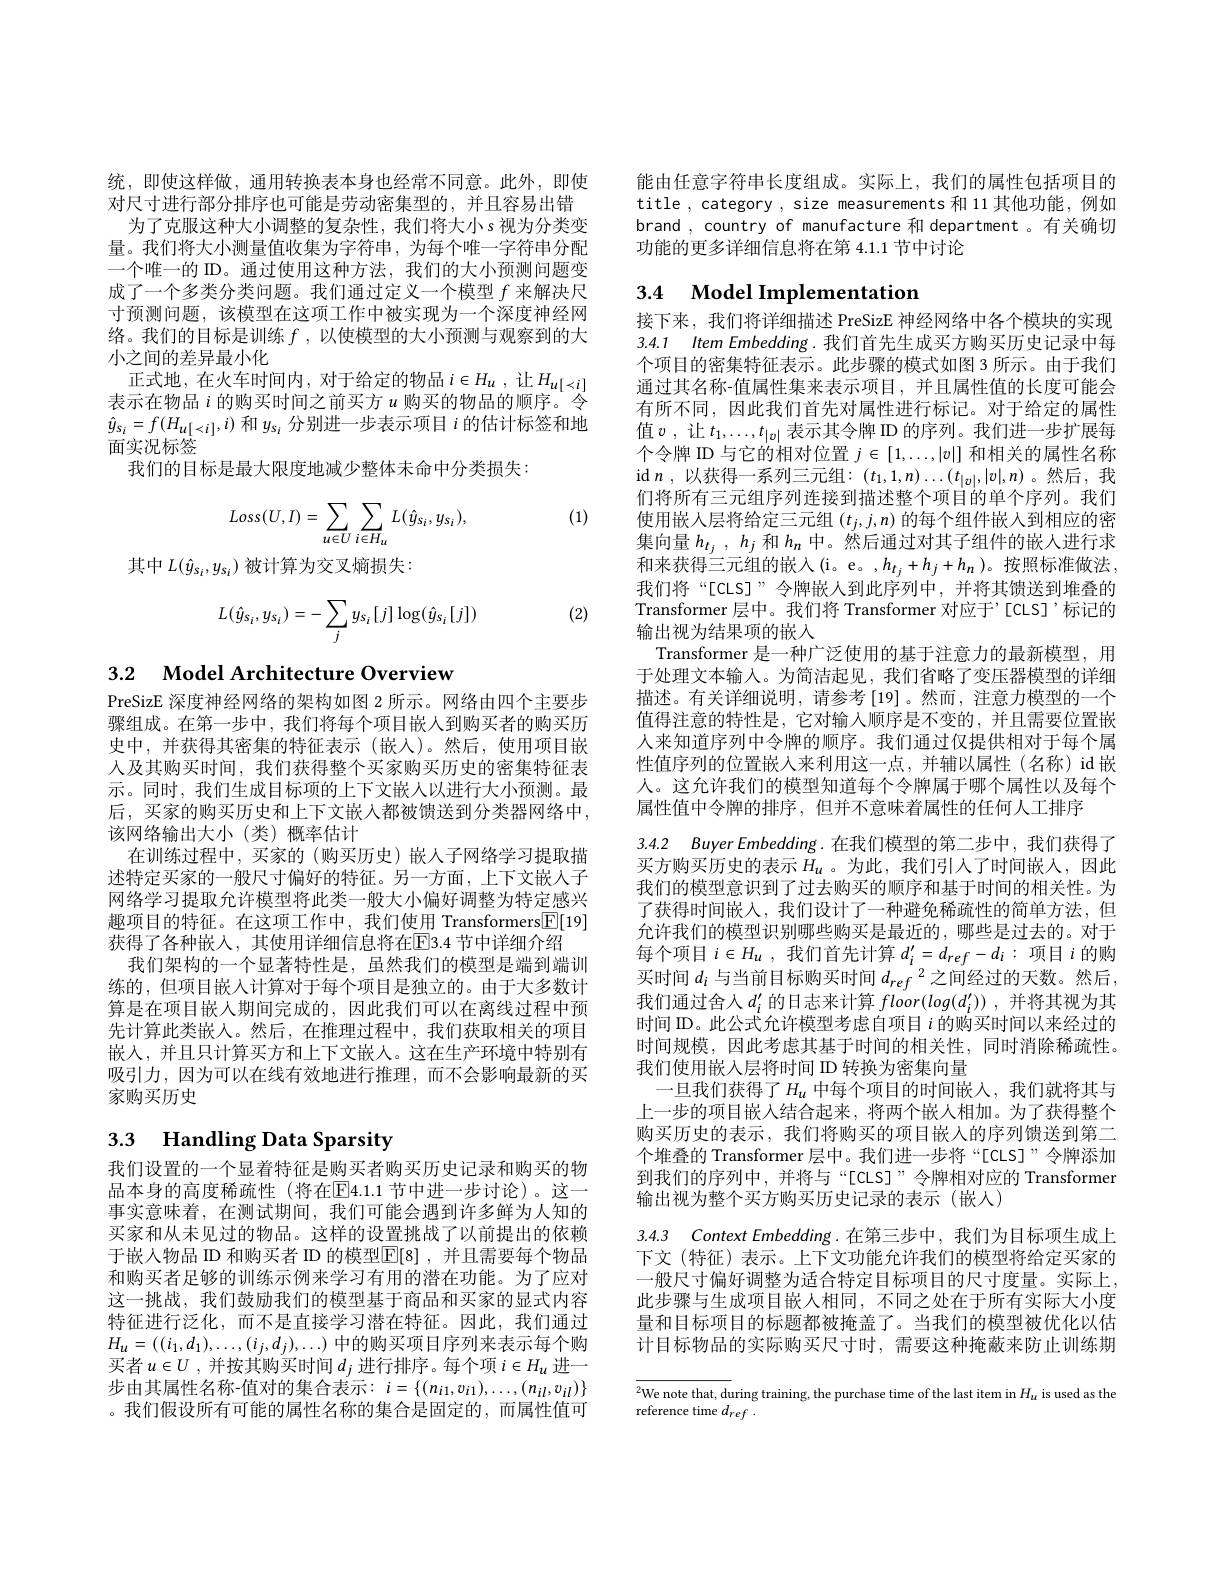
统，即使这样做，通用转换表本身也经常不同意。此外，即使对尺寸进行部分排序也可能是劳动密集型的，并且容易出错为了克服这种大小调整的复杂性，我们将大小 s 视为分类变量。我们将大小测量值收集为字符串，为每个唯一字符串分配一个唯一的 ID。通过使用这种方法，我们的大小预测问题变成了一个多类分类问题。我们通过定义一个模型$f$来解决尺寸预测问题，该模型在这项工作中被实现为一个深度神经网络。我们的目标是训练$f$ ,以使模型的大小预测与观察到的大小之间的差异最小化
正式地，在火车时间内，对于给定的物品$i\in H_u$,让$H_u[<i]$ 表示在物品$i$的购买时间之前买方$u$购买的物品的顺序。令$\hat{y}_{s_i}=f(H_{u[<i]},i)$和$y_{s_i}$分别进一步表示项目$i$的估计标签和地面实况标签
我们的目标是最大限度地减少整体未命中分类损失：

(1)
$$Loss(U,I)=\sum_{u\in U}\sum_{i\in H_{u}}L(\hat{y}_{s_{i}},y_{s_{i}}),$$
其中$L(\hat{y}_{s_i},y_{s_i})$被计算为交叉熵损失：

(2)
$$L(\hat{y}_{s_i},y_{s_i})=-\sum_jy_{s_i}[j]\log(\hat{y}_{s_i}[j])$$
3.2 Model Architecture Overview

PreSizE 深度神经网络的架构如图 2 所示。网络由四个主要步骤组成。在第一步中，我们将每个项目嵌人到购买者的购买历史中，并获得其密集的特征表示(嵌人)。然后，使用项目嵌人及其购买时间，我们获得整个买家购买历史的密集特征表示。同时，我们生成目标项的上下文嵌人以进行大小预测。最后，买家的购买历史和上下文嵌入都被馈送到分类器网络中， 该网络输出大小(类)概率估计
在训练过程中，买家的(购买历史)嵌人子网络学习提取描述特定买家的一般尺寸偏好的特征。另一方面，上下文嵌入子网络学习提取允许模型将此类一般大小偏好调整为特定感兴趣项目的特征。在这项工作中，我们使用 Transformers$\boxed{\mathbb{F}}[19]$ 获得了各种嵌入，其使用详细信息将在$\overline{\mathrm{E}}$3.4 节中详细介绍
我们架构的一个显著特性是，虽然我们的模型是端到端训练的，但项目嵌入计算对于每个项目是独立的。由于大多数计算是在项目嵌人期间完成的，因此我们可以在离线过程中预先计算此类嵌入。然后，在推理过程中，我们获取相关的项目嵌人，并且只计算买方和上下文嵌人。这在生产环境中特别有吸引力，因为可以在线有效地进行推理，而不会影响最新的买家购买历史

# 3.3 Handling Data Sparsity

我们设置的一个显着特征是购买者购买历史记录和购买的物品本身的高度稀疏性(将在$\overline{\mathrm{E}}4.1.1$ 节中进一步讨论)。这一事实意味着，在测试期间，我们可能会遇到许多鲜为人知的买家和从未见过的物品。这样的设置挑战了以前提出的依赖于嵌人物品 ID 和购买者 ID 的模型$\mathbb{E}[8]$ ,并且需要每个物品和购买者足够的训练示例来学习有用的潜在功能。为了应对这一挑战，我们鼓励我们的模型基于商品和买家的显式内容特征进行泛化，而不是直接学习潜在特征。因此，我们通过$H_{u}=((i_1,d_1),\ldots,(i_j,d_j),\ldots)$中的购买项目序列来表示每个购买者$u\in U$,并按其购买时间$d_j$进行排序。每个项$i\in H_u$进一步由其属性名称-值对的集合表示$:i=\{(n_{i1},v_{i1}),\ldots,(n_{il},v_{il})\}$ 。我们假设所有可能的属性名称的集合是固定的，而属性值可

能由任意字符串长度组成。实际上，我们的属性包括项目的title , category , size measurements 和 11 其他功能，例如brand , country of manufacture 和 department 。有关确切功能的更多详细信息将在第4.1.1节中讨论

# 3.4 Model Implementation

接下来，我们将详细描述 PreSizE 神经网络中各个模块的实现3.4.1 $ItemEmbedding.$我们首先生成买方购买历史记录中每个项目的密集特征表示。此步骤的模式如图 3 所示。由于我们通过其名称-值属性集来表示项目，并且属性值的长度可能会有所不同，因此我们首先对属性进行标记。对于给定的属性值$v$ ,让 $t_1,\ldots,t_{|v|}$ 表示其令牌 ID 的序列。我们进一步扩展每个令牌 ID 与它的相对位置$j\in[1,\ldots,|v|]$和相关的属性名称id$n$,以获得一系列三元组：$(t_1,1,n)\ldots(t_|v|,|v|,n)$。然后，我们将所有三元组序列连接到描述整个项目的单个序列。我们使用嵌人层将给定三元组$(t_j,j,n)$的每个组件嵌入到相应的密集向量$h_{t_j}$ , $h_j$和$h_n$中。然后通过对其子组件的嵌人进行求和来获得三元组的嵌入(i。e。,$h_t_j+h_j+h_n)$。按照标准做法， 我们将“[CLS]”令牌嵌人到此序列中，并将其馈送到堆叠的Transformer 层中。我们将 Transformer 对应于”[CLS]’标记的输出视为结果项的嵌入
Transformer 是一种广泛使用的基于注意力的最新模型，用于处理文本输入。为简洁起见，我们省略了变压器模型的详细描述。有关详细说明，请参考$\left[19\right]$。然而，注意力模型的一个值得注意的特性是，它对输入顺序是不变的，并且需要位置嵌人来知道序列中令牌的顺序。我们通过仅提供相对于每个属性值序列的位置嵌入来利用这一点，并辅以属性(名称)id 嵌人。这允许我们的模型知道每个令牌属于哪个属性以及每个属性值中令牌的排序，但并不意味着属性的任何人工排序
3.4.2 $BuyerEmbedding.$在我们模型的第二步中，我们获得了买方购买历史的表示$H_u$ 。为此，我们引人了时间嵌入，因此我们的模型意识到了过去购买的顺序和基于时间的相关性。为了获得时间嵌人，我们设计了一种避免稀疏性的简单方法，但允许我们的模型识别哪些购买是最近的，哪些是过去的。对于每个项目$i\in H_u$,我们首先计算$d_i^\prime=d_{ref}-d_i:$项目$i$的购买时间$d_i$与当前目标购买时间$d_ref$ 2之间经过的天数。然后， 我们通过舍人$d_i^{\prime}$的日志来计算$floor(log(d_i^{\prime}))$ ,并将其视为其时间 ID。此公式允许模型考虑自项目$i$的购买时间以来经过的时间规模，因此考虑其基于时间的相关性，同时消除稀疏性。我们使用嵌入层将时间 D 转换为密集向量
一旦我们获得了$H_u$ 中每个项目的时间嵌人，我们就将其与上一步的项目嵌入结合起来，将两个嵌人相加。为了获得整个购买历史的表示，我们将购买的项目嵌入的序列馈送到第二个堆叠的 Transformer 层中。我们进一步将“[CLS]”令牌添加到我们的序列中，并将与“[CLS]”令牌相对应的 Transformer 输出视为整个买方购买历史记录的表示(嵌入)
3.4.3 $ContextEmbedding.$在第三步中，我们为目标项生成上下文 (特征) 表示。上下文功能允许我们的模型将给定买家的一般尺寸偏好调整为适合特定目标项目的尺寸度量。实际上，

此步骤与生成项目嵌人相同，不同之处在于所有实际大小度量和目标项目的标题都被掩盖了。当我们的模型被优化以估计目标物品的实际购买尺寸时，需要这种掩蔽来防止训练期

$\overline{{^2\text{We note that, d}}}$uring training, the purchase time of the last item in $H_u$ is used as the
reference time $d_{ref}$